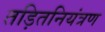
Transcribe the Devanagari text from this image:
तड़ितनियंत्रण